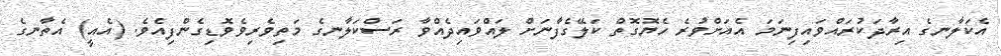
އެކަލާނގެ އިރާދަކުރައްވައިފިނަމަ އެއަށްވުރެ ހެޔޮގޮތް ކަލޭގެފާނަށް ލައްވައިދެއްވާ ރަސްކަލާނގެ މަތިވެރިވެވޮޑިގެންފިއެވެ. (އެއީ) އެތާނގެ